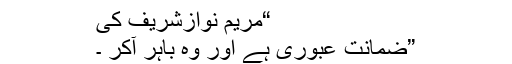
“مریم نوازشریف کی
”ضمانت عبوری ہے اور وہ باہر آکر ۔